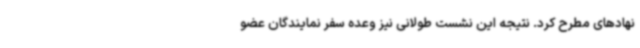
نهادهای مطرح کرد. نتیجه این نشست طولانی نیز وعده سفر نمایندگان عضو